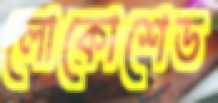
লোকোশেড